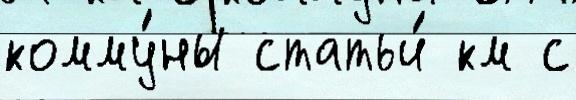
комму́ны статьи́ км с